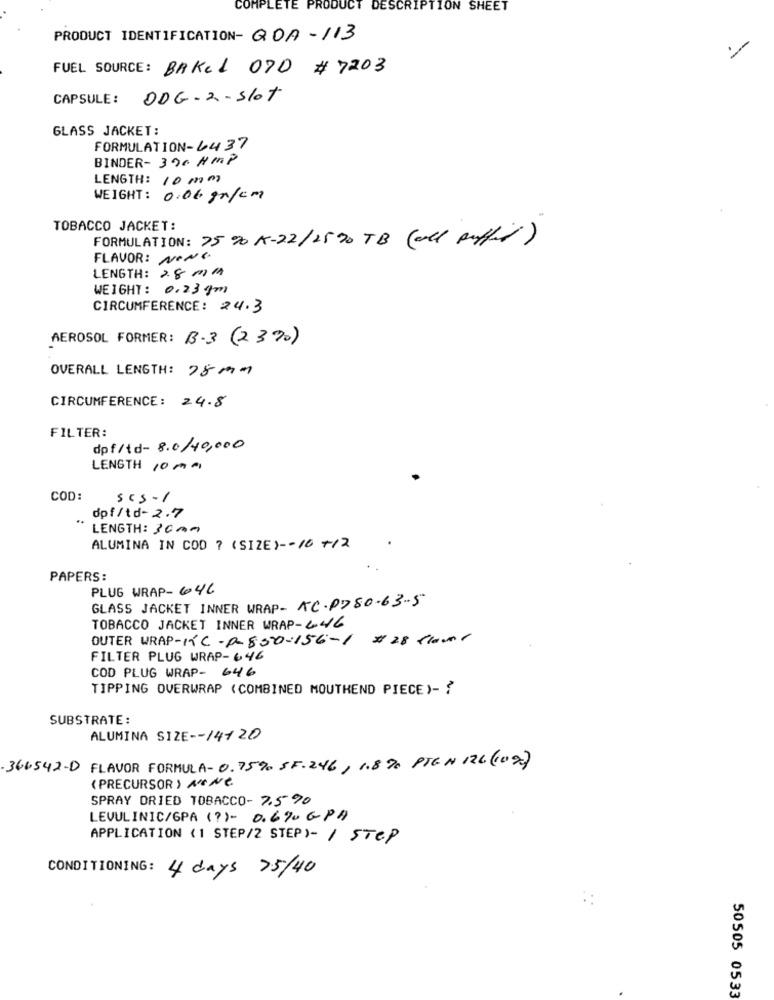
COMPLETE PROD
JCT
DESCRIPTION SHEET
PRODUCT IDENTIFICATION- QDA-113
FUEL SOURCE: BAKEL ODD # 7203
CAPSULE:
DDG-2 - Slot
GLASS JACKET:
FORMULATION-6437
BINDER- 390 HMP
LENGTH: 10 mm
WEIGHT: 0.06 gr/cm
TOBACCO JACKET:
FORMULATION: 75 % A-22/25 00 TB (all puffy)
FLAVOR: NONG
LENGTH: 28MM
WEIGHT: 0.23pm
CIRCUMFERENCE: 24.3
AEROSOL FORMER: B.3 (2370)
OVERALL LENGTH: 78 mm
CIRCUMFERENCE: 24.8
FILTER:
dpf/td- 8.0/40,000
LENGTH 10 mm
COD:
sc5-1
..
dpf/td-2.7
LENGTH: 30mm
ALUMINA IN COD ? (SIZE) -- 10 +/2
PAPERS:
PLUG WRAP- 646
GLASS JACKET INNER WRAP- AC.P780-63-5
TOBACCO JACKET INNER WRAP-2-46
OUTER WRAP-KC - P- 550-156-1 #28 sur
FILTER PLUG WRAP-646
COD PLUG WRAP- 646
TIPPING OVERWRAP (COMBINED MOUTHEND PIECE)- ?
SUBSTRATE:
ALUMINA SIZE -- 14120
366542-D FLAVOR FORMULA- 0.75% SF.246, 1.8 % PTEN 126 (102)
( PRECURSOR ) NONE
SPRAY DRIED TOBACCO- 7,5 90
LEVULINIC/GPA (?)- 0.6%0 GPA
APPLICATION ( 1 STEP/2 STEP)- / STEP
CONDITIONING: 4 days 75/40
50505 0533